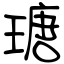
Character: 瑭